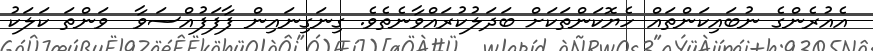
އެއުރެންގެ ނުބައިކަންތައް ހެޔޮކަންތަކަށް ބަދަލުކުރައްވާނެތެވެ. ގިނަގިނައިން ފާފަފުއްސަވާ  ވަންތަ ކަލަކު